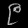
Digit: ၉